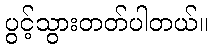
ပွင့်သွားတတ်ပါတယ်။